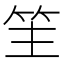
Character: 䇠